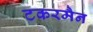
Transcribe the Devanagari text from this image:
टकरमैन